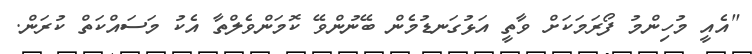
"އެއީ މުހިންމު ފޯރަމަކަށް ވާތީ އަޅުގަނޑުމެން ބޭނުންވޭ ކޮމަންވެލްތާ އެކު މަސައްކަތް ކުރަން.